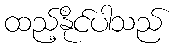
ထည့်နိုင်ပါသည်